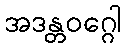
အဒန္တဝဂ္ဂေါ